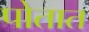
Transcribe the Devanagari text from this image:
पोतात